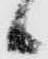
候